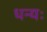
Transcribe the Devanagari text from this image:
धन्यः